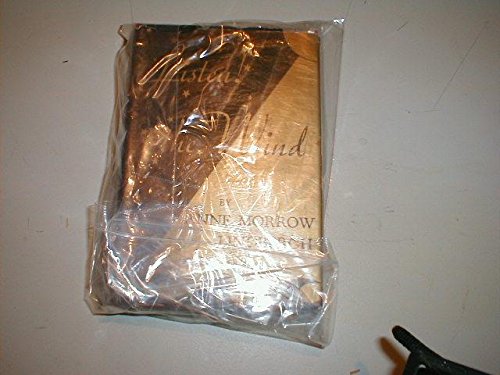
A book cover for Listen!  the Wind; Anne Morrow Lindbergh; Travel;